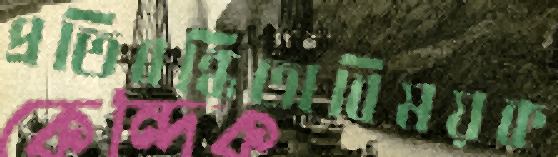
প্রতিবন্ধিতাবিষয়ক